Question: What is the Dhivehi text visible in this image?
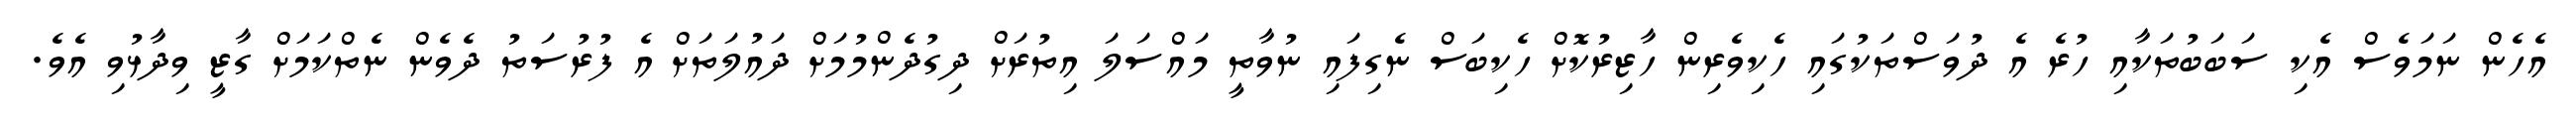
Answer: އެހެން ނަމަވެސް އެކި ސަބަބުތަކާއި ހުރެ އެ ދުވަސްތަކުގައި ހެކިވެރިން ހާޒިރުކޮށް ހެކިބަސް ނެގިފައި ނުވާތީ މައްސަލަ އިތުރަށް ދިގުދެންމުމަށް ދައުލަތަށް އެ ފުރުސަތު ދެވެން ނެތްކަމަށް ގާޒީ ވިދާޅުވި އެވެ.